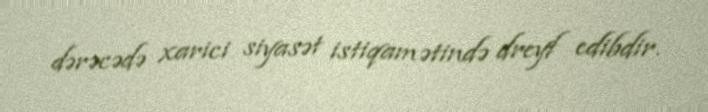
dərəcədə xarici siyasət istiqamətində dreyf edibdir.